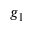
g _ { 1 }